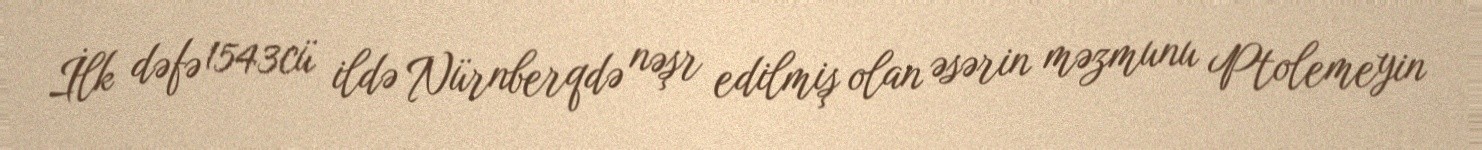
İlk dəfə 1543cü ildə Nürnberqdə nəşr edilmiş olan əsərin məzmunu Ptolemeyin